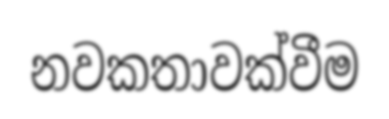
නවකතාවක්වීම